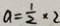
a = \frac { 1 } { 2 } \times 2